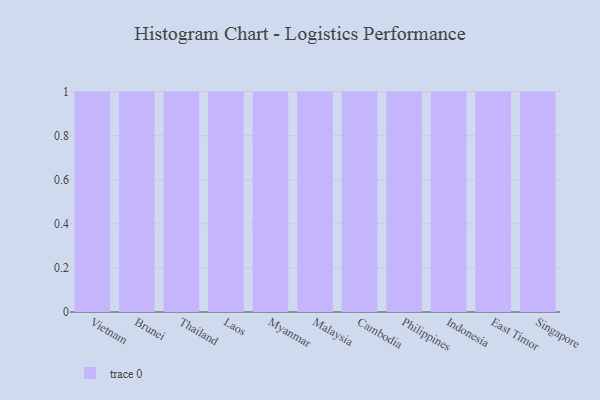
{"axis": {"x": "Country", "y": "Population (Million)"}, "legend": [""], "data": [{"x": "Vietnam", "y": 55, "type": ""}, {"x": "Brunei", "y": 10, "type": ""}, {"x": "Thailand", "y": 30, "type": ""}, {"x": "Laos", "y": 66, "type": ""}, {"x": "Myanmar", "y": 78, "type": ""}, {"x": "Malaysia", "y": 83, "type": ""}, {"x": "Cambodia", "y": 54, "type": ""}, {"x": "Philippines", "y": 22, "type": ""}, {"x": "Indonesia", "y": 28, "type": ""}, {"x": "East Timor", "y": 29, "type": ""}, {"x": "Singapore", "y": 59, "type": ""}]}